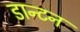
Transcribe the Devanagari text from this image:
डान्टन